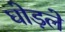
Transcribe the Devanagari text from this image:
घोड़ले